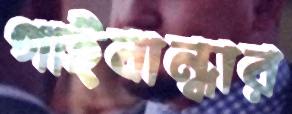
গাইবান্ধার